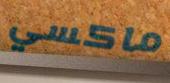
ماكسي